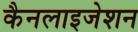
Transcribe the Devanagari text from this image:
कैनलाइजेशन